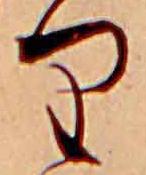
り